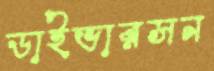
ডাইভারসন